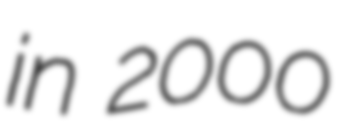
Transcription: in 2000